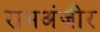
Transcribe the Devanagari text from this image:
रामअंजीर